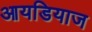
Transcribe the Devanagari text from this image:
आयडियाज